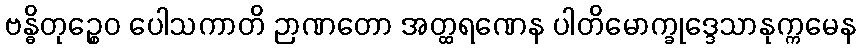
ဗန္ဓိတုဉ္စေဝ ပေါသကာတိ ဉာဏတော အတ္ထရဏေန ပါတိမောက္ခုဒ္ဒေသာနုက္ကမေန